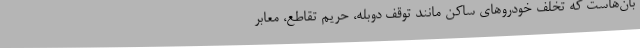
بان‌هاست که تخلف خودروهای ساکن مانند توقف دوبله، حریم تقاطع، معابر